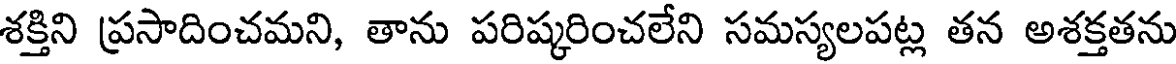
శక్తిని ప్రసాదించమని, తాను పరిష్కరించలేని సమస్యలపట్ల తన అశక్తతను